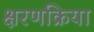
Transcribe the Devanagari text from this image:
क्षरणक्रिया